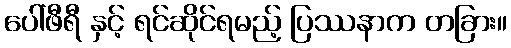
ပေါ်ဖီရီ နှင့် ရင်ဆိုင်ရမည့် ပြဿနာက တခြား။